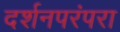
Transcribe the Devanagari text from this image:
दर्शनपरंपरा